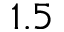
1 . 5